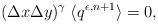
LaTeX: \begin{align*}(\Delta x \Delta y)^\gamma \; \langle q^{\epsilon,n+1} \rangle = 0, \end{align*}